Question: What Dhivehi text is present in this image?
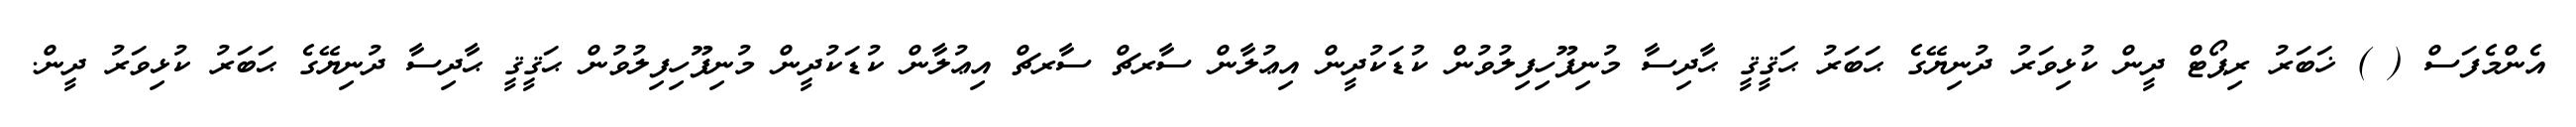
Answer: އެންމެފަސް ( ) ޚަބަރު ރިޕޯޓް ދީން ކުޅިވަރު ދުނިޔޭގެ ޙަބަރު ޙަޤީޤީ ޙާދިސާ މުނިފޫހިފިލުވުން ކުޑަކުދީން އިޢުލާން ސާރޗް ސާރޗް އިޢުލާން ކުޑަކުދީން މުނިފޫހިފިލުވުން ޙަޤީޤީ ޙާދިސާ ދުނިޔޭގެ ޙަބަރު ކުޅިވަރު ދީން.